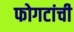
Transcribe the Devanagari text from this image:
फोगटांची